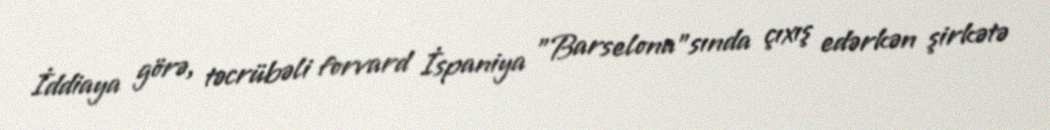
İddiaya görə, təcrübəli forvard İspaniya "Barselona"sında çıxış edərkən şirkətə